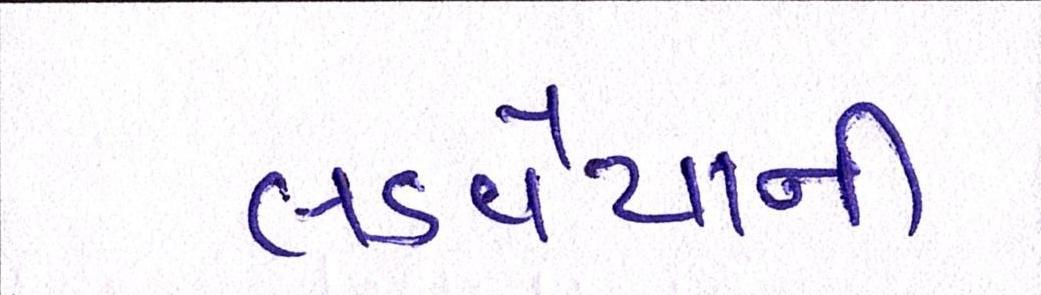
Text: લડવૈયાની